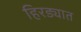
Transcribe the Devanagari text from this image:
हिरड्यात